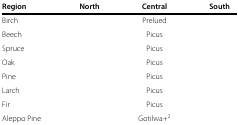
<table><thead><tr><td><b>Region</b></td><td><b>North</b></td><td><b>Central</b></td><td><b>South</b></td></tr></thead><tbody><tr><td>Birch</td><td>[EMPTY_CELL]</td><td>Prelued</td><td>[EMPTY_CELL]</td></tr><tr><td>Beech</td><td>[EMPTY_CELL]</td><td>Picus</td><td>[EMPTY_CELL]</td></tr><tr><td>Spruce</td><td>[EMPTY_CELL]</td><td>Picus</td><td>[EMPTY_CELL]</td></tr><tr><td>Oak</td><td>[EMPTY_CELL]</td><td>Picus</td><td>[EMPTY_CELL]</td></tr><tr><td>Pine</td><td>[EMPTY_CELL]</td><td>Picus</td><td>[EMPTY_CELL]</td></tr><tr><td>Larch</td><td>[EMPTY_CELL]</td><td>Picus</td><td>[EMPTY_CELL]</td></tr><tr><td>Fir</td><td>[EMPTY_CELL]</td><td>Picus</td><td>[EMPTY_CELL]</td></tr><tr><td>Aleppo Pine</td><td>[EMPTY_CELL]</td><td>Gotilwa+<sup>2</sup></td><td>[EMPTY_CELL]</td></tr></tbody></table>